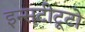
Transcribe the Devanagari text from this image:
इन्सटीटूटो